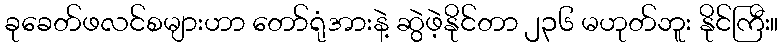
ခုခေတ်ဖလင်စများဟာ တော်ရုံအားနဲ့ ဆွဲဖဲ့နိုင်တာ ၂၃၆ မဟုတ်ဘူး နိုင်ကြီး။